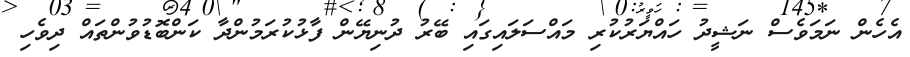
އެހެން ނަމަވެސް ނަޝީދު ހައްޔަރުކުރި މައްސަލައިގައި ބޭރު ދުނިޔޭން ފާޅުކުރަމުންދާ ކަންބޮޑުވުންތައް ދިވެހި